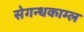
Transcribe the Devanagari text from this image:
सेगन्धकाम्ल